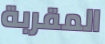
المقربة